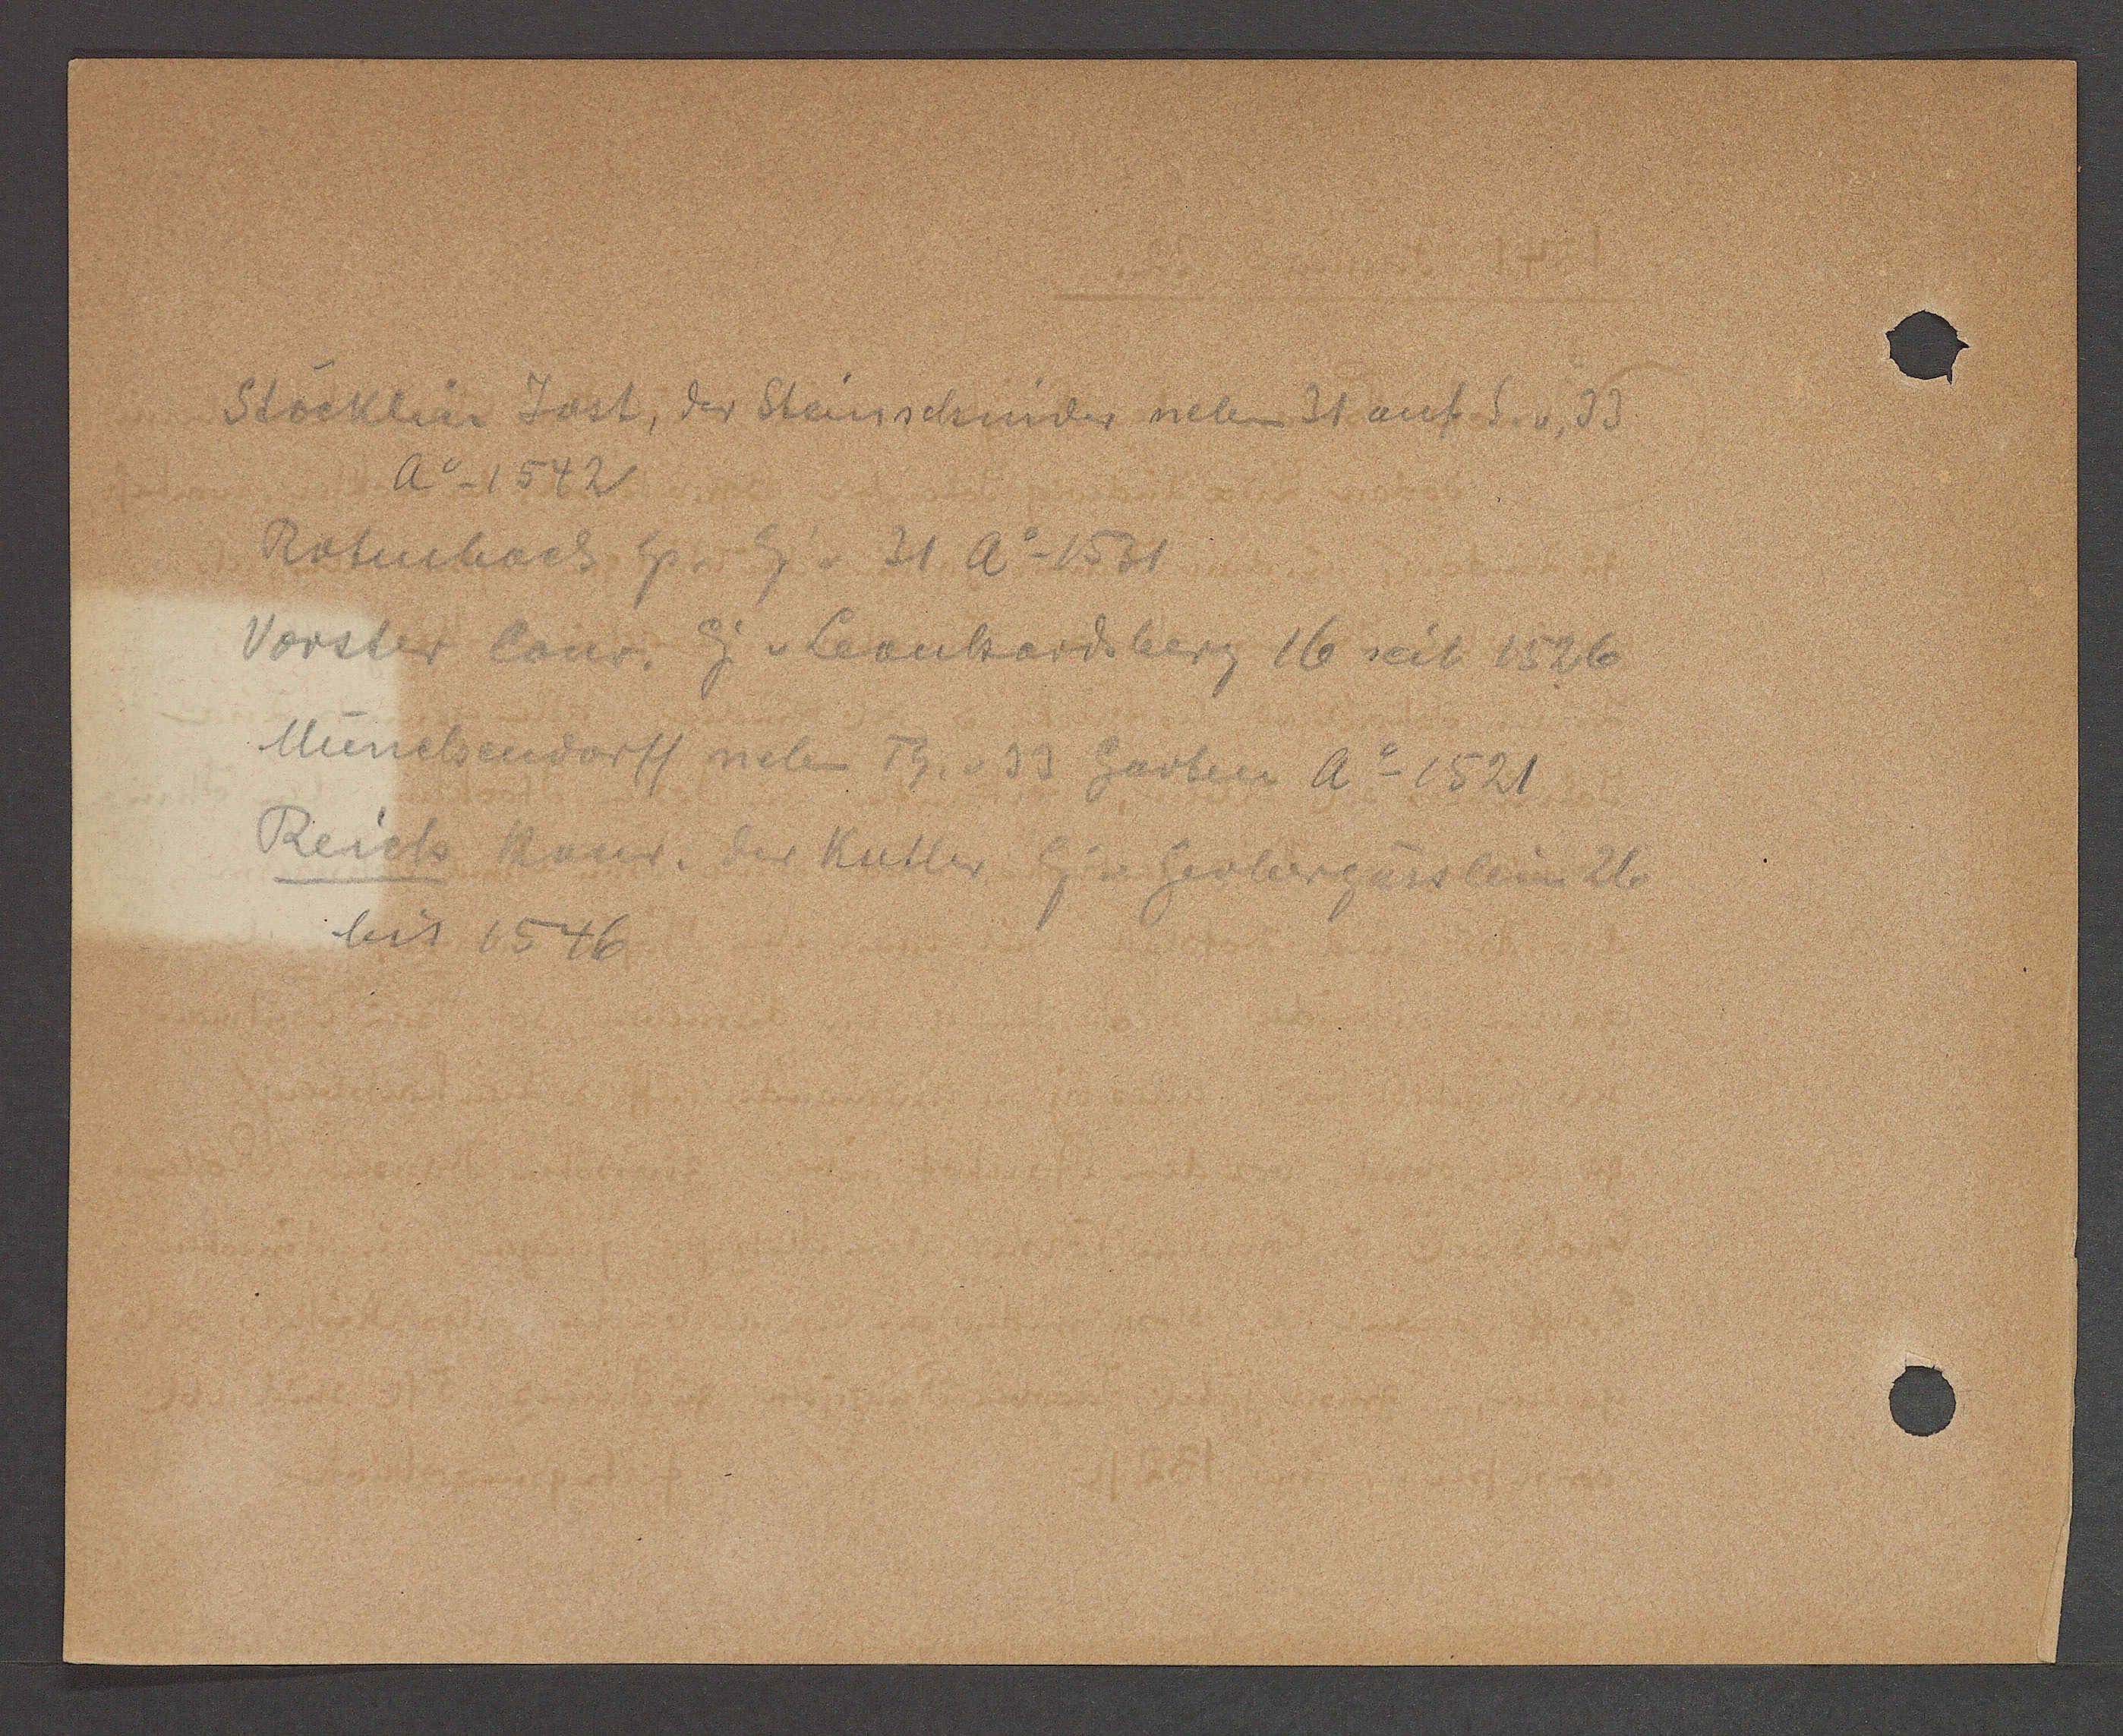
Transcript:
Stöcklin Jost, der Steinschnider neben 31 auf S v. 33
ao 1542
Rotenbach hs Eig v 31 ao 1531
Vorster Conr. Eig v Leonhardsberg 16 seit 1526
Münchendorff neben Th. v 33 Garten ao 1521
Reich Haus. der Kutler Eig v  Gerbergässlein 26
bis 1546